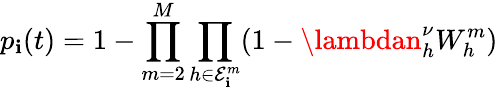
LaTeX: p_{\mathbf{i}}(t)=1-\prod_{m=2}^{M}\prod_{h\in\mathcal{{E}}_{\mathbf{i}}^{m}}(1-\lambdan_{h}^{\nu}W_{h}^{m})